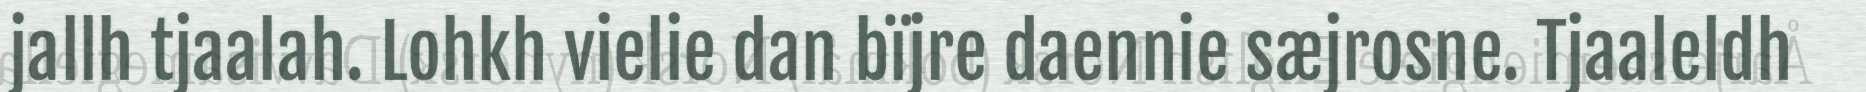
jallh tjaalah. Lohkh vielie dan bïjre daennie sæjrosne. Tjaaleldh